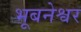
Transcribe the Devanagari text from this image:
भूबनेश्वर